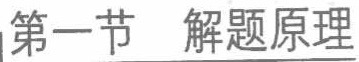
第一节 \ 解题原理